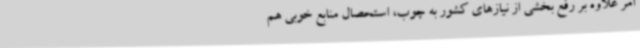
امر علاوه بر رفع بخشی از نیازهای کشور به چوب، استحصال منابع خوبی هم